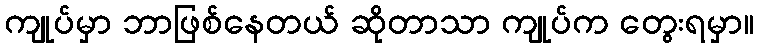
ကျုပ်မှာ ဘာဖြစ်နေတယ် ဆိုတာသာ ကျုပ်က တွေးရမှာ။